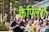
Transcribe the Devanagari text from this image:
केपिलरी